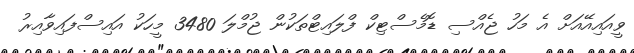
ވީއައިއޭއަށް އެ މަހު ޖެއްސި ޑޮމެސްޓިކް ފްލައިޓްތަކުން ޖުމްލަ 3480 މީހަކު އައިސްފައިވާއިރު